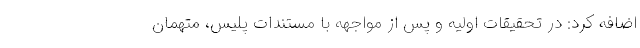
اضافه کرد: در تحقیقات اولیه و پس از مواجهه با مستندات پلیس، متهمان